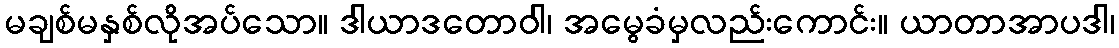
မချစ်မနှစ်လိုအပ်သော။ ဒါယာဒတောဝါ၊ အမွေခံမှလည်းကောင်း။ ယာတာအာပဒါ၊